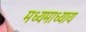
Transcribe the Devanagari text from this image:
मध्यमाध्याय